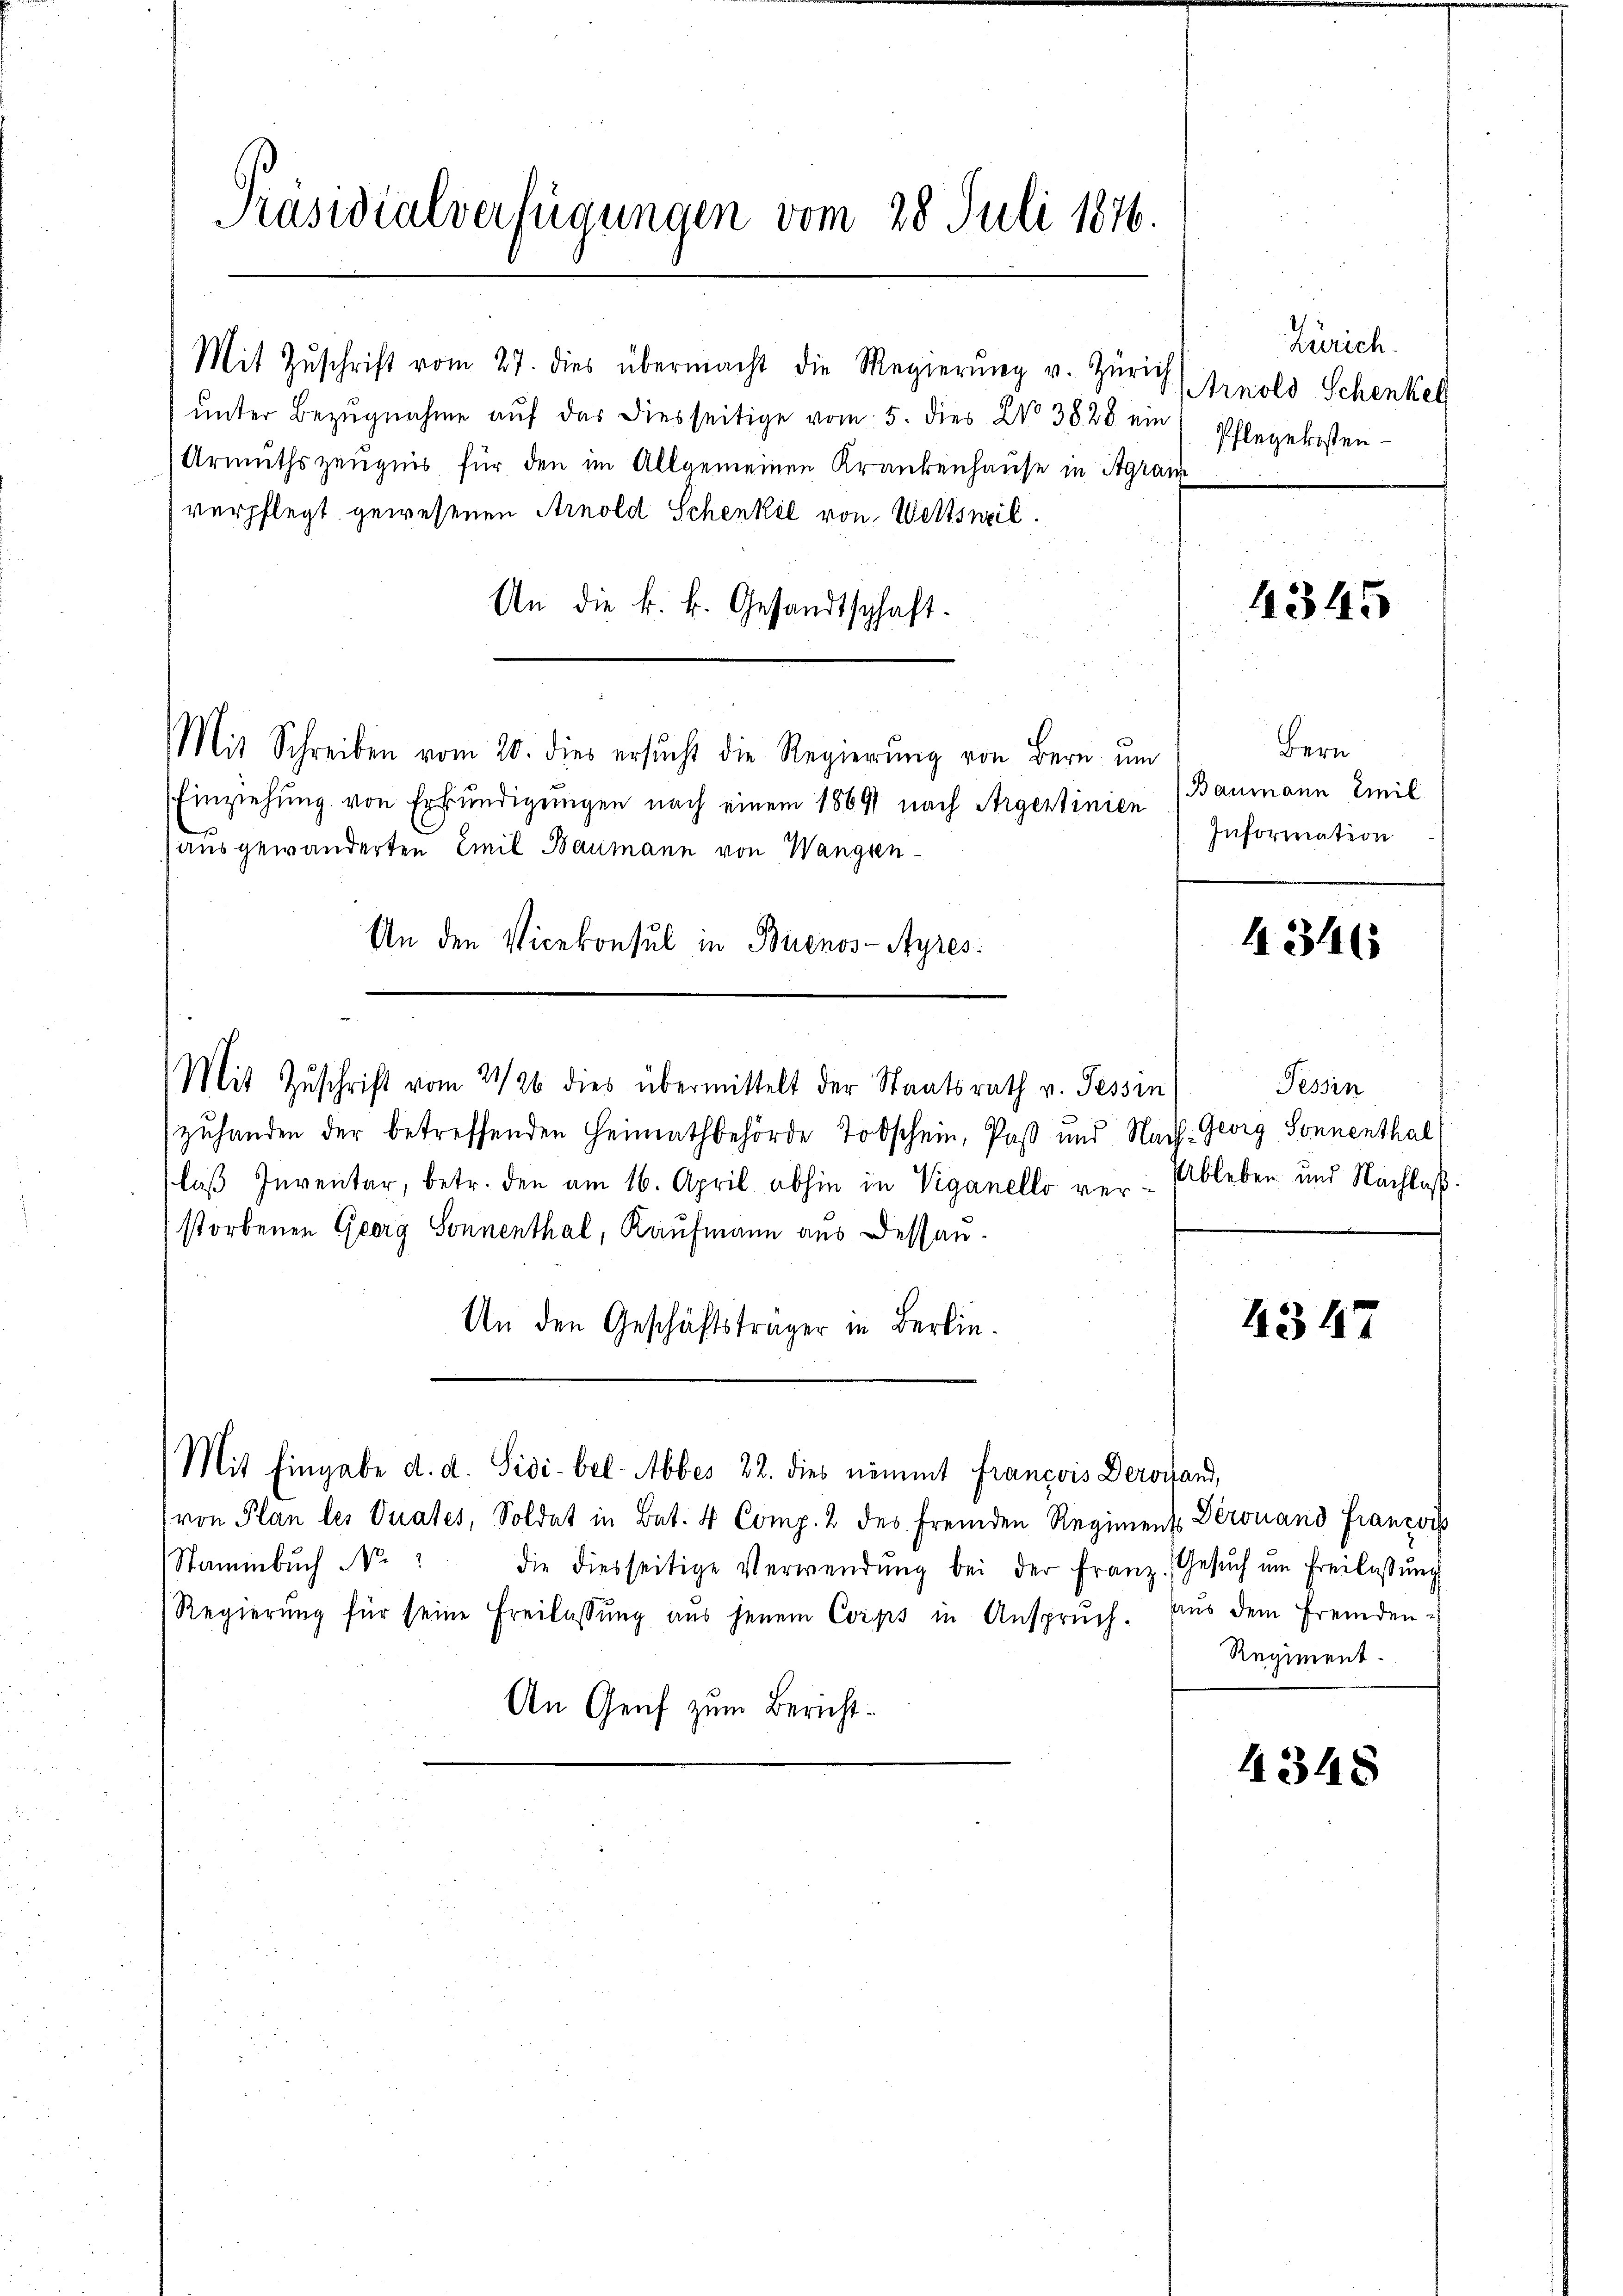
Präsidialverfügungen vom 28. Juli 1876.

Mit Zŭschrift vom 27. dies übermacht die Regierŭng u. Zürich
ŭnter Bezŭgnahme aŭf das diesseitige vom 5. dies No 3828 ein Pflegekosten-
Armuthszeugnis für den im Allgemeinen Krankenhause in Agram
verpflegt gewesenen Arnold Schenkel von Wettsweil.
An die k. k. Gesandtschaft-
Mit Schreiben vom 20. dies ersucht die Regierung von Bern um
Einziehung von Erkundigungen nach einem 1869 nach Argertinien
(ausgewanderten Emil Baumann von Wangsen¬
An den Vicekonsul in Buenos-Ayres.
Mit Zŭschrift vom 21/26 dies übermittelt der Staatsrath v. Tessin
zuhanden der betreffenden Heimathbehörde Todschein, Paß und Nach- Georg Sonnenthal
laß Inventar, betr. den am 16. April abhin in Viganello ver-Ableben und Nachlaß
storbenen Georg Sonnenthal, Kaufmann aus Dessan¬
An den Geschäftsträger in Berlin.

von Plan les Vuates, Soldat in Bat. 4 Comp. 2 des fremden Regiment Derouand Franzos
Nammbuch N
die diesseitige Verwendŭng bei der Franz. Gesŭch ŭm Freilassŭng
Regierŭng für seine Freilassŭng aus jenem Corps in Anspruch. Aŭs dem fremden-
An Genf zum Bericht¬

Mit Eingabe d. d. Sidi-bel-Abbes 22. dies nimmt François Dero fand,

Zürich.
(Arnold Schenkel

4345

Bern
Baumann Einil
Information

1316

Tessin

4347

Regiment-

4348